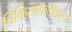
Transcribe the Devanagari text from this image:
चिकित्सकडोनाल्ड